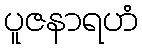
ပူဇနာရဟံ